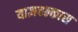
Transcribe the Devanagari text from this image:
याज्ञवल्कास